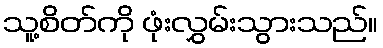
သူ့စိတ်ကို ဖုံးလွှမ်းသွားသည်။